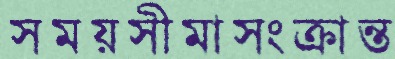
সময়সীমাসংক্রান্ত